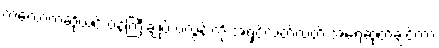
ကဲလော့ကဆိုယင် ဝန်ကြီးချုပ် ဗလွန်းကို အရှင်လတ်လတ် အရေဆုတ်ချင်တာ